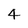
Character: 4